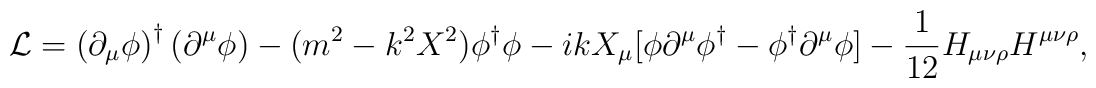
{\cal L}= \left( \partial_\mu \phi \right)^\dagger \left(\partial^\mu \phi \right) -(m^2- k^2X^2)\phi^\dagger\phi -ikX_\mu[\phi \partial^\mu \phi ^\dagger - \phi^\dagger\partial^\mu \phi ]- \frac{1}{12}H_{\mu\nu\rho}H^{\mu\nu\rho},